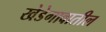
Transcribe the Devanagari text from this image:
खेडेगावातील